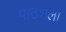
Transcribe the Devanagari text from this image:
पाठशला